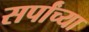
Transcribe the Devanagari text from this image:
सर्पांच्या